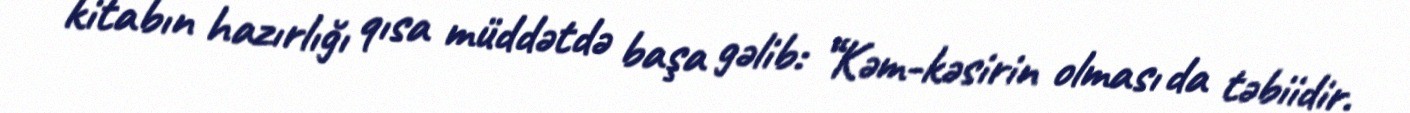
kitabın hazırlığı qısa müddətdə başa gəlib: “Kəm-kəsirin olması da təbiidir.